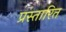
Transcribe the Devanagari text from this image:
प्रस्तारित